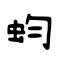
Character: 蚐